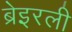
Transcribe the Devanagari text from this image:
ब्रेइरली